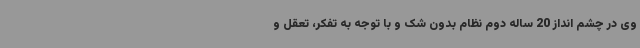
وی در چشم انداز 20 ساله دوم نظام بدون شک و با توجه به تفکر، تعقل و